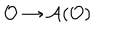
LaTeX: \mathcal { O } \rightarrow \mathcal { A } ( \mathcal { O } )